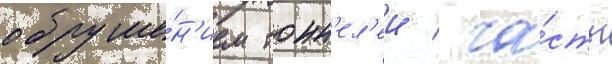
обруше́н'ием тонн'ел'еи / ча́сть